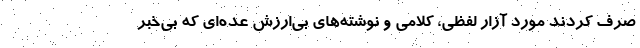
صرف کردند مورد آزار لفظی، کلامی و نوشته‌های بی‌ارزش عده‌ای که بی‌خبر